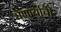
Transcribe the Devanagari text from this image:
घेणार्याची